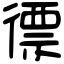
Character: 徱